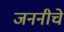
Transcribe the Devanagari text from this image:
जननीचे